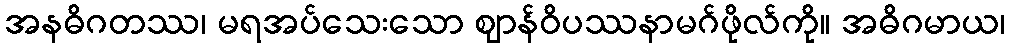
အနဓိဂတဿ၊ မရအပ်သေးသော ဈာန်ဝိပဿနာမဂ်ဖိုလ်ကို။ အဓိဂမာယ၊